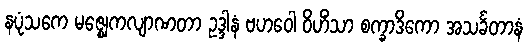
နပုံသကေ မဇ္ဈေကလျာဏတာ ဥဒ္ဒါနံ ဗဟဝေါ ဝိဟိံသာ စက္ခာဒိကော အသင်္ခတာနံ